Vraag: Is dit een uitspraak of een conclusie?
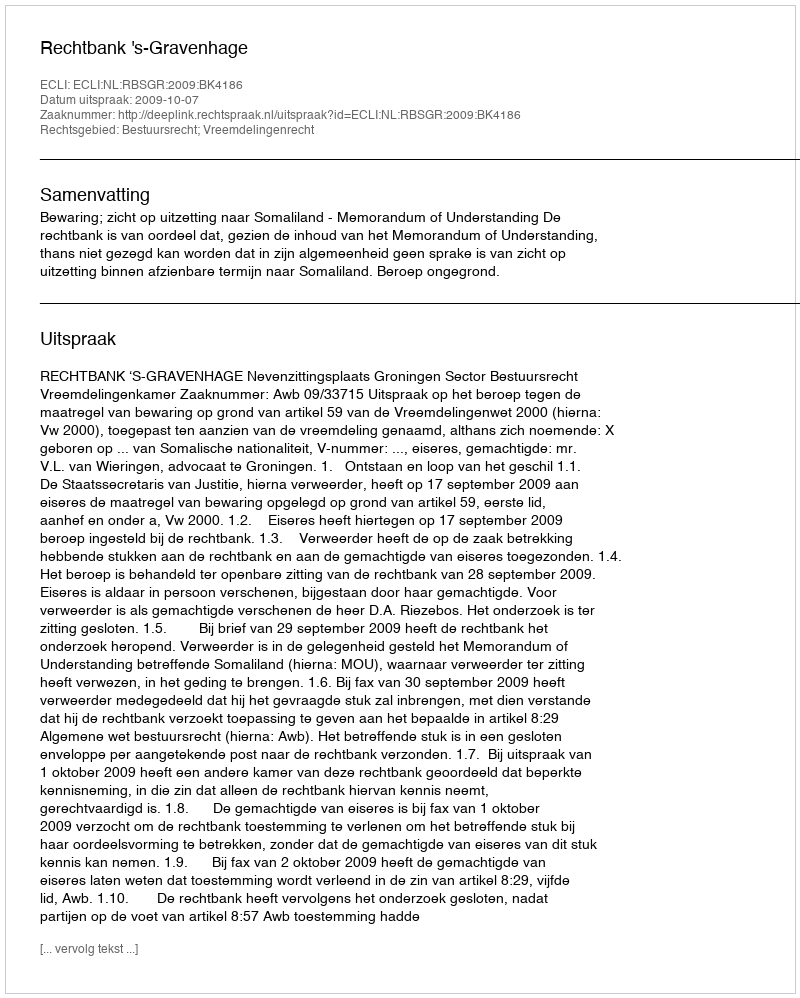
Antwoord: Uitspraak